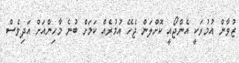
ޒުވާން އުމުރަކީ އެންޖޯއީ ކޮށްލަން ޖެހޭ އުމުރެއް ކަމަށް ބުނެ މާހިންއަށް އަދިވެސް